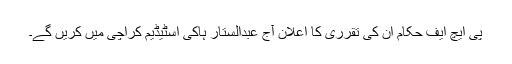
پی ایچ ایف حکام ان کی تقرری کا اعلان آج عبدالستار ہاکی اسٹیڈیم کراچی میں کریں گے۔